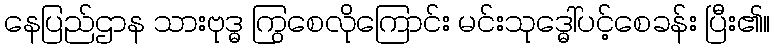
နေပြည်ဌာန သားဗုဒ္ဓ ကြွစေလိုကြောင်း မင်းသုဒ္ဓေါ်ပင့်စေခန်း ပြီး၏။